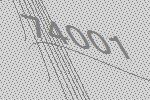
74001